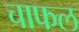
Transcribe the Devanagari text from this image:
चाफल